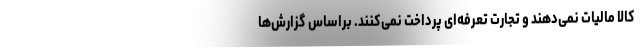
کالا مالیات نمی‌دهند و تجارت تعرفه‌ای پرداخت نمی‌کنند. براساس گزارش‌ها